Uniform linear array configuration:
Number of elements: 4
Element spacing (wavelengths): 0.25
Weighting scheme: hamming
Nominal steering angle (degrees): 15
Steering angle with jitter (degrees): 14.833
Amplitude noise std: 0.05
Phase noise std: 0.05

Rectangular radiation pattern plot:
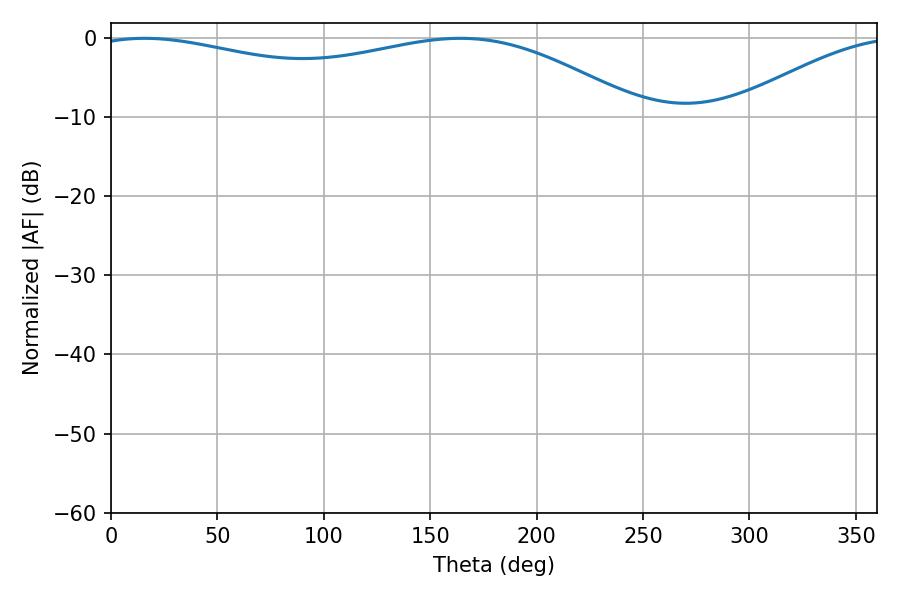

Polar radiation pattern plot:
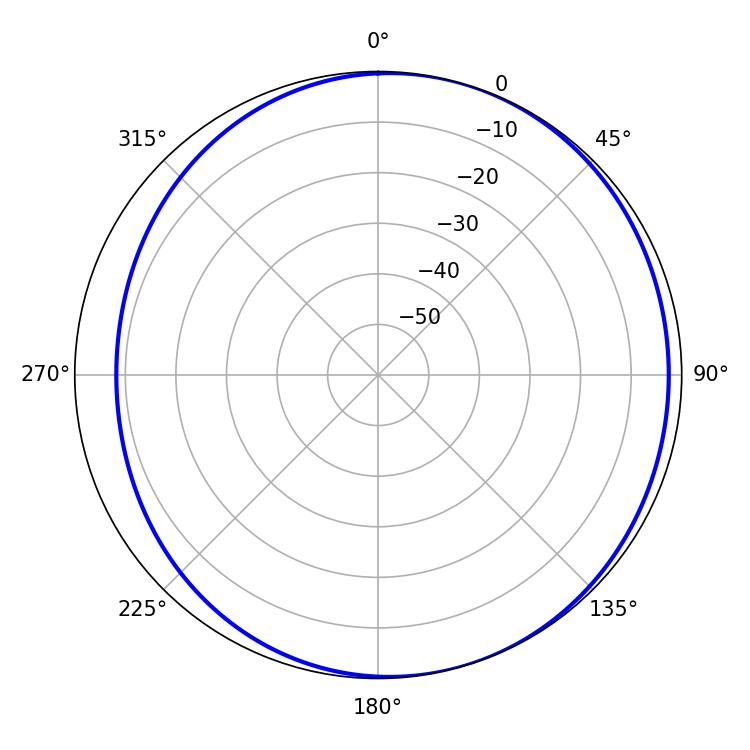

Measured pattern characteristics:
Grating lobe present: FALSE
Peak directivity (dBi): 3.73
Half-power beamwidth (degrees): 210.78
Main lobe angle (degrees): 15.84